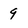
Character: 9